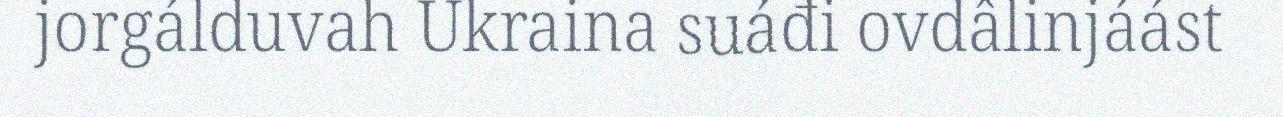
jorgálduvah Ukraina suáđi ovdâlinjáást